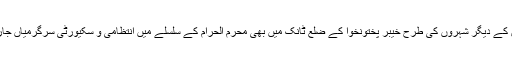
پاکستان کے دیگر شہروں کی طرح خیبر پختونخوا کے ضلع ٹانک میں بھی محرم الحرام کے سلسلے میں انتظامی و سکیورٹی سرگرمیاں جاری ہیں۔